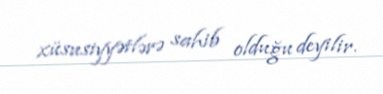
xüsusiyyətlərə sahib olduğu deyilir.